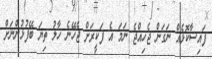
ފައިސާކޮޅެއް ނަގަން ޖެހިއްޖެ ނަމަ އެ ފަކީރަށް ޖެހޭނެ ހާލު ތިޔަ ބޭފުޅުންނަށް